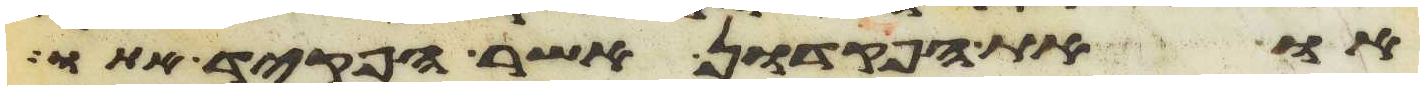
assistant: או את הפקדון אשר הפקד אתו